Report on sanitation, dispensaries, and jails in Rajputana for 1910, and on vaccination for the year 1910-1911 - 1910-1911
Year: 1910
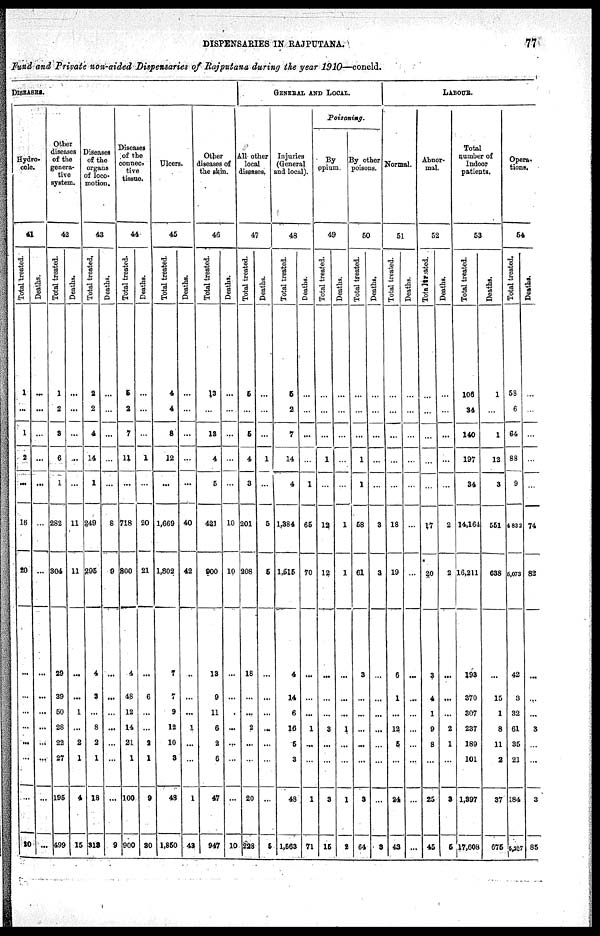
DISPENSARIES IN RAJPUTANA.
77
Fund and Private non-aided Dispensaries of Rajputana during the year 1910—concld.
DISEASES.
Hydro¬
cole.
41
Total
treated.
1
...
1
2
...
16
20
...
...
...
...
...
...
...
20
Deaths.
...
...
...
...
...
...
...
...
...
...
...
...
...
...
...
Other
diseases
of
the
genera¬
tive
system.
42
Total treated.
1
2
3
6
1
282
304
29
39
60
28
22
27
195
499
Deaths.
...
...
...
...
...
11
11
...
...
1
...
2
1
4
15
Diseases
of the
organss
of loco-
motion.
43
Total treated.
2
2
4
14
1
249
295
4
8
...
8
2
1
18
313
Deaths.
...
...
...
...
...
8
9
...
...
...
...
...
...
...
9
Diseases
of the
connec¬
tive
tissue.
44
Total treated.
5
2
7
11
...
718
300
4
48
12
14
21
1
100
900
Deaths.
...
...
...
1
...
20
21
...
6
...
...
2
1
9
30
Ulcere.
45
Total treated.
4
4
8
12
...
1,669
1,802
7
7
9
12
10
3
48
1,850
Deaths.
...
...
...
...
...
40
42
...
...
...
1
...
...
1
42
Other
diseases of
the skin.
46
Total treated.
13
...
18
4
5
421
900
13
9
11
6
2
6
47
947
Deaths.
...
...
...
...
...
10
10
...
...
...
...
...
...
...
10
GENERAL AND
LOCAL.
All other
local
diseases.
47
Total treated.
5
...
5
4
3
201
208
18
...
...
2
...
...
20
228
Deaths.
...
...
...
1
...
6
5
...
...
...
...
...
...
...
5
Injuries
(General
and local).
48
Total treated.
5
2
7
14
4
1,384
1,515
4
14
6
16
5
3
48
1,563
Deaths.
...
...
...
...
1
65
70
...
...
...
1
...
...
1
71
Poisoning.
By
opium
49
Total treated.
...
...
......
1
...
12
12
...
...
...
3
...
...
3
15
Deaths.
...
...
...
...
...
1
1
...
...
...
1
...
...
1
2
By other
poisons.
50
Total treated.
...
...
...
1
1
58
61
3
...
...
...
...
...
3
64
Deaths.
...
...
...
...
...
3
3
...
...
...
...
...
...
...
3
LABOUR.
Normal.
51
Total treated.
...
...
...
...
...
18
19
6
1
...
12
5
...
24
43
Deaths.
...
...
...
...
...
...
...
...
...
...
...
...
...
...
...
Abnor-
mal.
52
Total treated.
...
...
...
...
...
17
20
3
4
1
9
8
...
25
45
Deaths.
...
...
...
...
...
2
2
...
...
...
2
1
...
8
5
Total
number of
Indoor
patients.
53
Total treated.
106
84
140
197
34
14,164
16,211
193
370
807
237
189
101
1,397
17,608
Deaths.
1
...
1
12
3
551
638
...
15
1
8
11
2
37
675
Opera.
tions.
54
Total treated.
53
6
64
88
9
4832
5,073
42
3
32
61
35
21
184
5,257
Deaths.
...
...
...
...
...
74
82
...
...
...
3
...
...
3
85